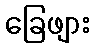
ခြေဖျား